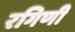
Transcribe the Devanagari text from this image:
रगिणी